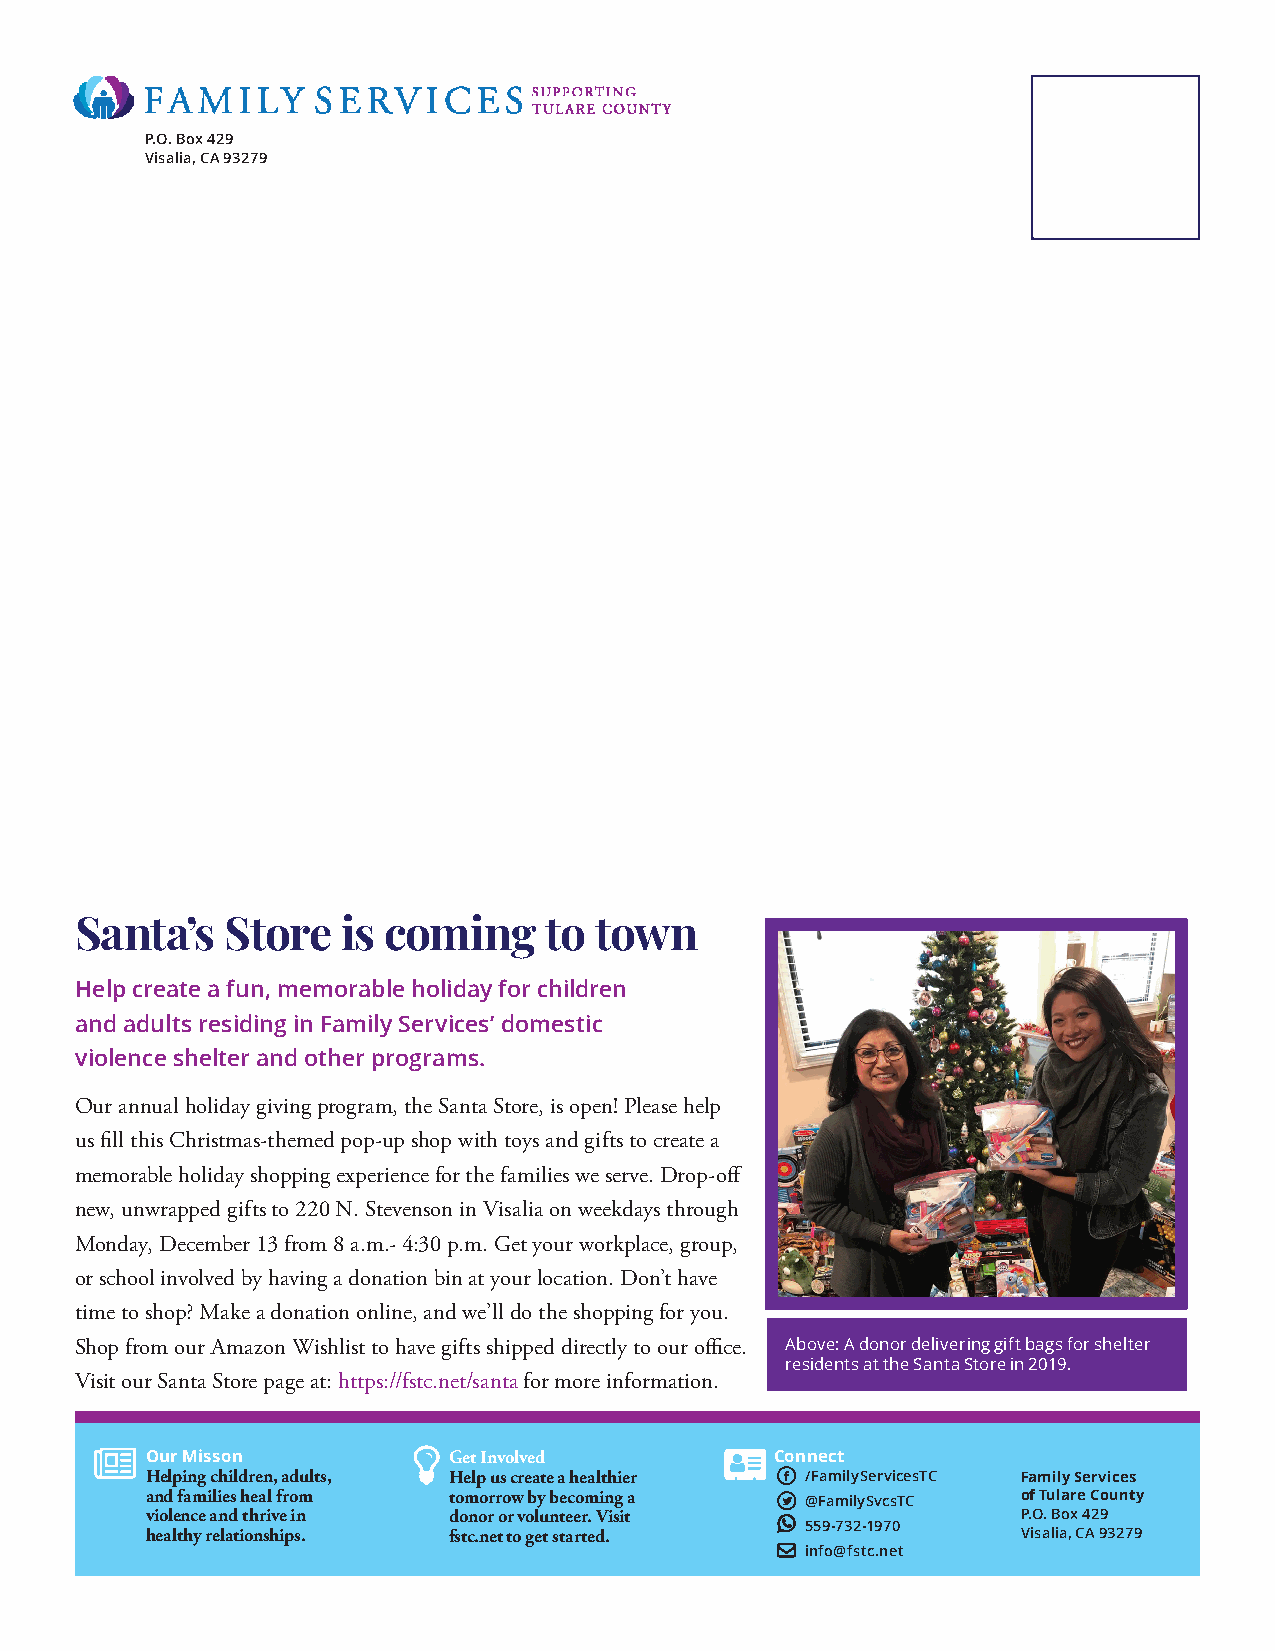
P.O. Box 429
 Visalia, CA 93279
 Santa’s   Store   is coming    to town
 Help create a fun, memorable holiday for children
 and adults residing in Family Services’ domestic
 violence shelter and other programs.
 Our annual holiday giving program, the Santa Store, is open! Please help
 us fill this Christmas-themed pop-up shop with toys and gifts to create a
 memorable holiday shopping experience for the families we serve. Drop-off
 new, unwrapped gifts to 220 N. Stevenson in Visalia on weekdays through
 Monday, December 13 from 8 a.m.- 4:30 p.m. Get your workplace, group,
 or school involved by having a donation bin at your location. Don’t have
 time to shop? Make a donation online, and we’ll do the shopping for you.
 Shop from our Amazon Wishlist to have gifts shipped directly to our office. Above: A donor delivering gift bags for shelter
 residents at the Santa Store in 2019.
 Visit our Santa Store page at: https://fstc.net/santa for more information.
 Our Misson          Get Involved         Connect
 F
 Helping children, adults, Help us create a healthier /FamilyServicesTC Family Services
 and families heal from tomorrow by becoming a T @FamilySvcsTC of Tulare County
 violence and thrive in donor or volunteer. Visit 
 559-732-1970
 P.O. Box 429
 healthy relationships. fstc.net to get started.           Visalia, CA 93279
  info@fstc.net